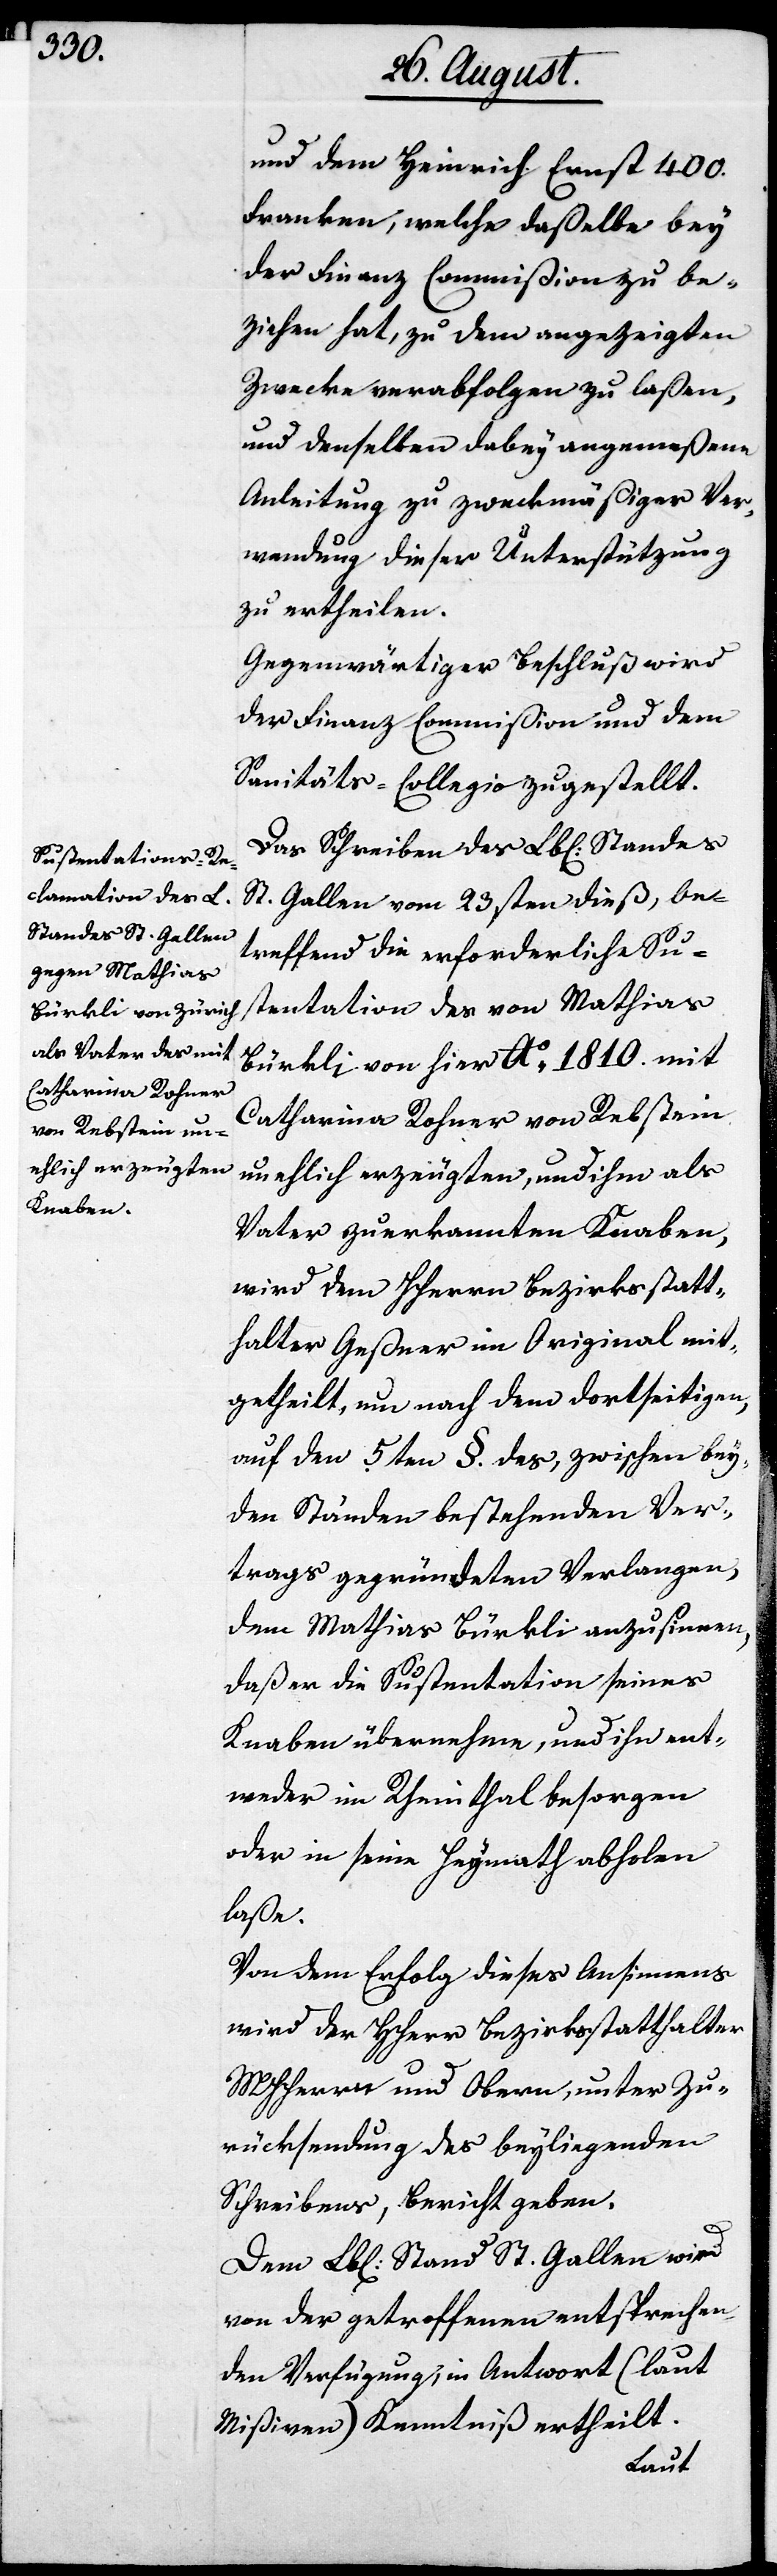
und dem Heinrich Ernst 400.
Franken, welche daßelbe bey
der Finanz Commißion zu be¬
ziehen hat, zu dem angezeigten
Zwecke verabfolgen zu laßen,
und denselben dabey angemeßene
Anleitung zu zweckmäßiger Ver¬
wendung dieser Unterstützung
zu ertheilen.
Gegenwärtiger Beschluß wird
der Finanz-Commißion und dem
Sanitäts-Collegio zugestellt.
Das Schreiben des Lbl. Standes
St. Gallen vom 23sten dieß, be¬
treffend die erforderliche Su¬
stentation des von Mathias
Bürkli von hier Ao. 1810. mit
Catharina Rohner von Rebstein
unehlich erzeugten, und ihm als
Vater zuerkannten Knaben,
wird dem Herrn Bezirksstatt¬
halter Geßner im Original mit¬
getheilt, um nach dem dortseitigen,
auf den 5ten §. des, zwischen bey¬
den Ständen bestehenden Ver¬
trags gegründeten Verlangen,
dem Mathias Bürkli anzusinnen,
daß er die Sustentation seines
Knaben übernehme, und ihn ent¬
weder im Rheinthal besorgen
oder in seine Heymath abholen
laße.
Von dem Erfolg dieses Ansinnens
wird der HHerr Bezirksstatthalter
MHHerren und Obern, unter Zu¬
rücksendung des beyliegenden
Schreibens, Bericht geben.
Dem Lbl. Stand St. Gallen wird
von der getroffenen entsprechen¬
den Verfügung, in Antwort (laut
Mißiven) Kenntniß ertheilt.